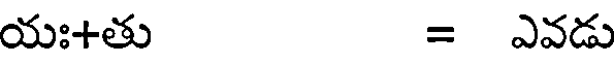
యః+తు = ఎవడు